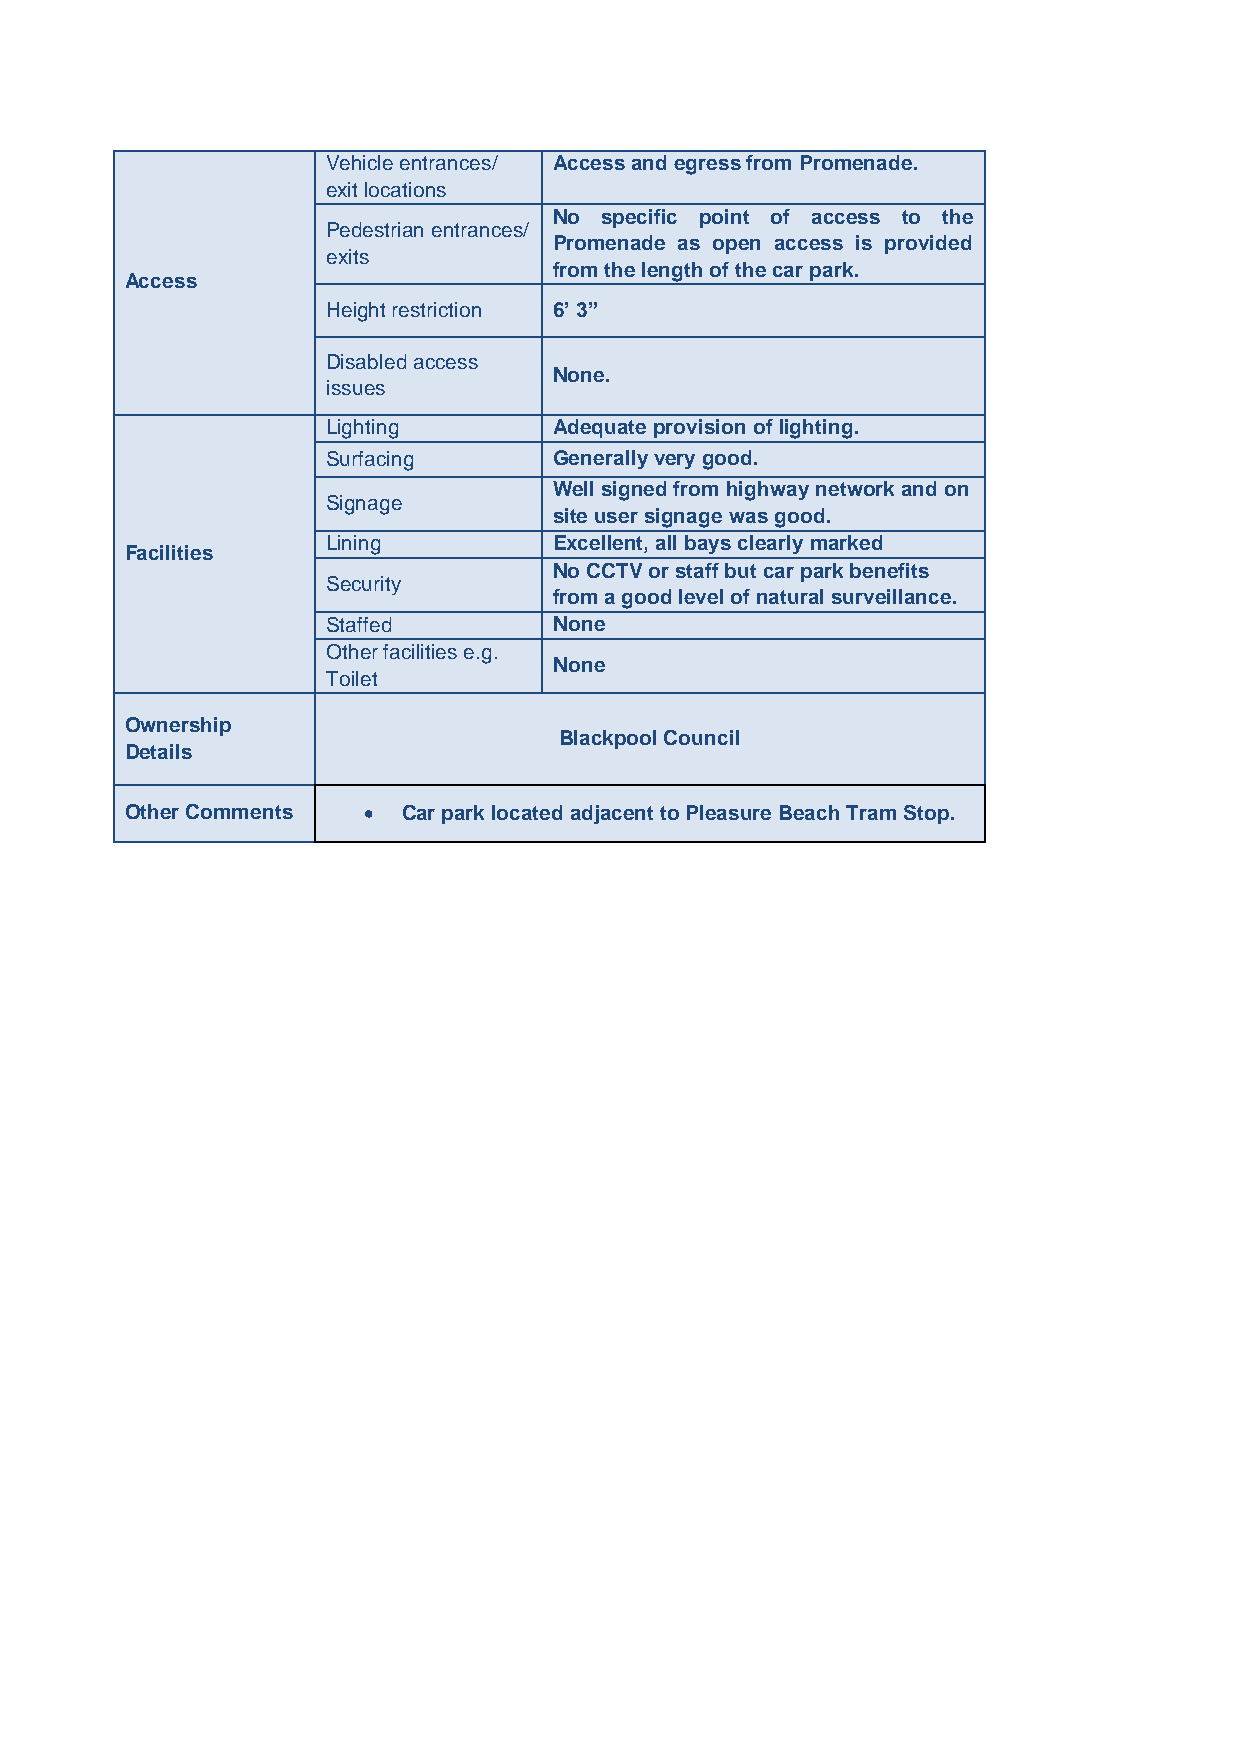
Vehicle entrances/ Access and egress from Promenade.
 exit locations
 No specific point of access to the
 Pedestrian entrances/
 Promenade as open access is provided
 exits
 from the length of the car park.
 Access
 Height restriction 6’ 3”
 Disabled access
 None.
 issues
 Lighting       Adequate provision of lighting.
 Surfacing      Generally very good.
 Well signed from highway network and on
 Signage
 site user signage was good.
 Lining         Excellent, all bays clearly marked
 Facilities
 No CCTV or staff but car park benefits
 Security
 from a good level of natural surveillance.
 Staffed        None
 Other facilities e.g.
 None
 Toilet
 Ownership
 Blackpool Council
 Details
 Other Comments    Car park located adjacent to Pleasure Beach Tram Stop.